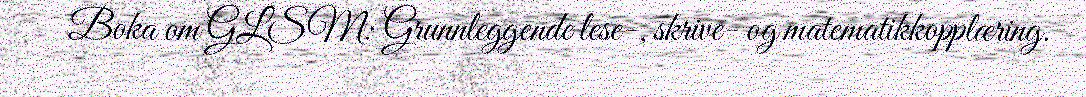
Boka om GLSM: Grunnleggende lese-, skrive- og matematikkopplæring.